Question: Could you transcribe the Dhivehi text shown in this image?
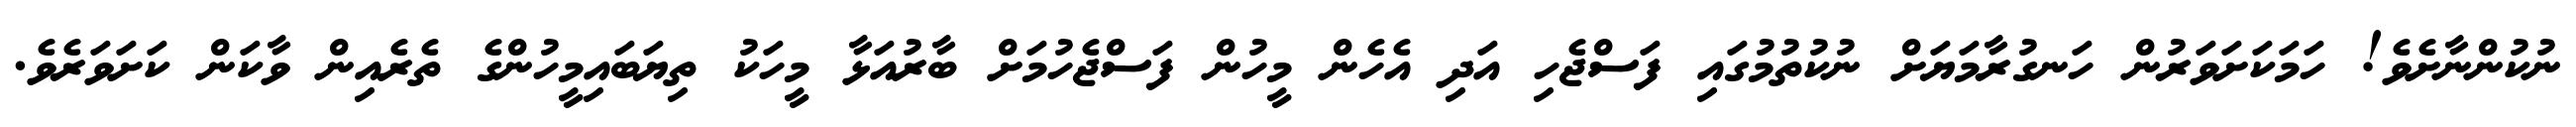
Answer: ނުކުންނާށެވެ! ހަމަކަށަވަރުން ހަނގުރާމަޔަށް ނުކުތުމުގައި ފަސްޖެހި އަދި އެހެން މީހުން ފަސްޖެހުމަށް ބާރުއަޅާ މީހަކު ތިޔަބައިމީހުންގެ ތެރެއިން ވާކަން ކަށަވަރެވެ.